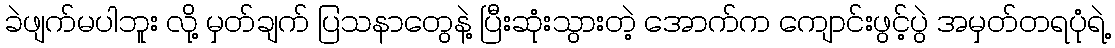
ခဲဖျက်မပါဘူး လို့ မှတ်ချက် ပြသနာတွေနဲ့ ပြီးဆုံးသွားတဲ့ အောက်က ကျောင်းဖွင့်ပွဲ အမှတ်တရပုံရဲ့